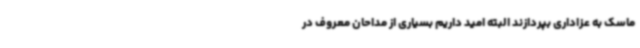
ماسک به عزاداری بپردازند البته امید داریم بسیاری از مداحان معروف در